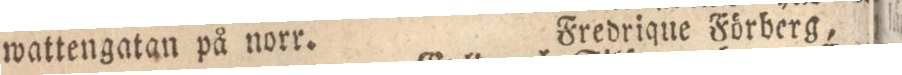
wattengatan på norr.    Fredrique Förberg,